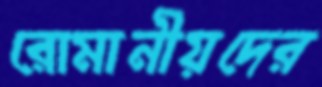
রোমানীয়দের